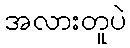
အလားတူပဲ